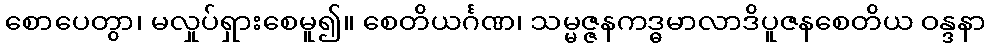
စောပေတွာ၊ မလှုပ်ရှားစေမူ၍။ စေတိယင်္ဂဏ၊ သမ္မဇ္ဇနကဒ္ဓမာလာဒိပူဇနစေတိယ ဝန္ဒနာ